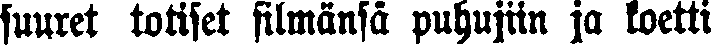
suuret totiset silmänsä puhujiin ja koetti